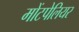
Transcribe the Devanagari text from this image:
मोंटपेलियर